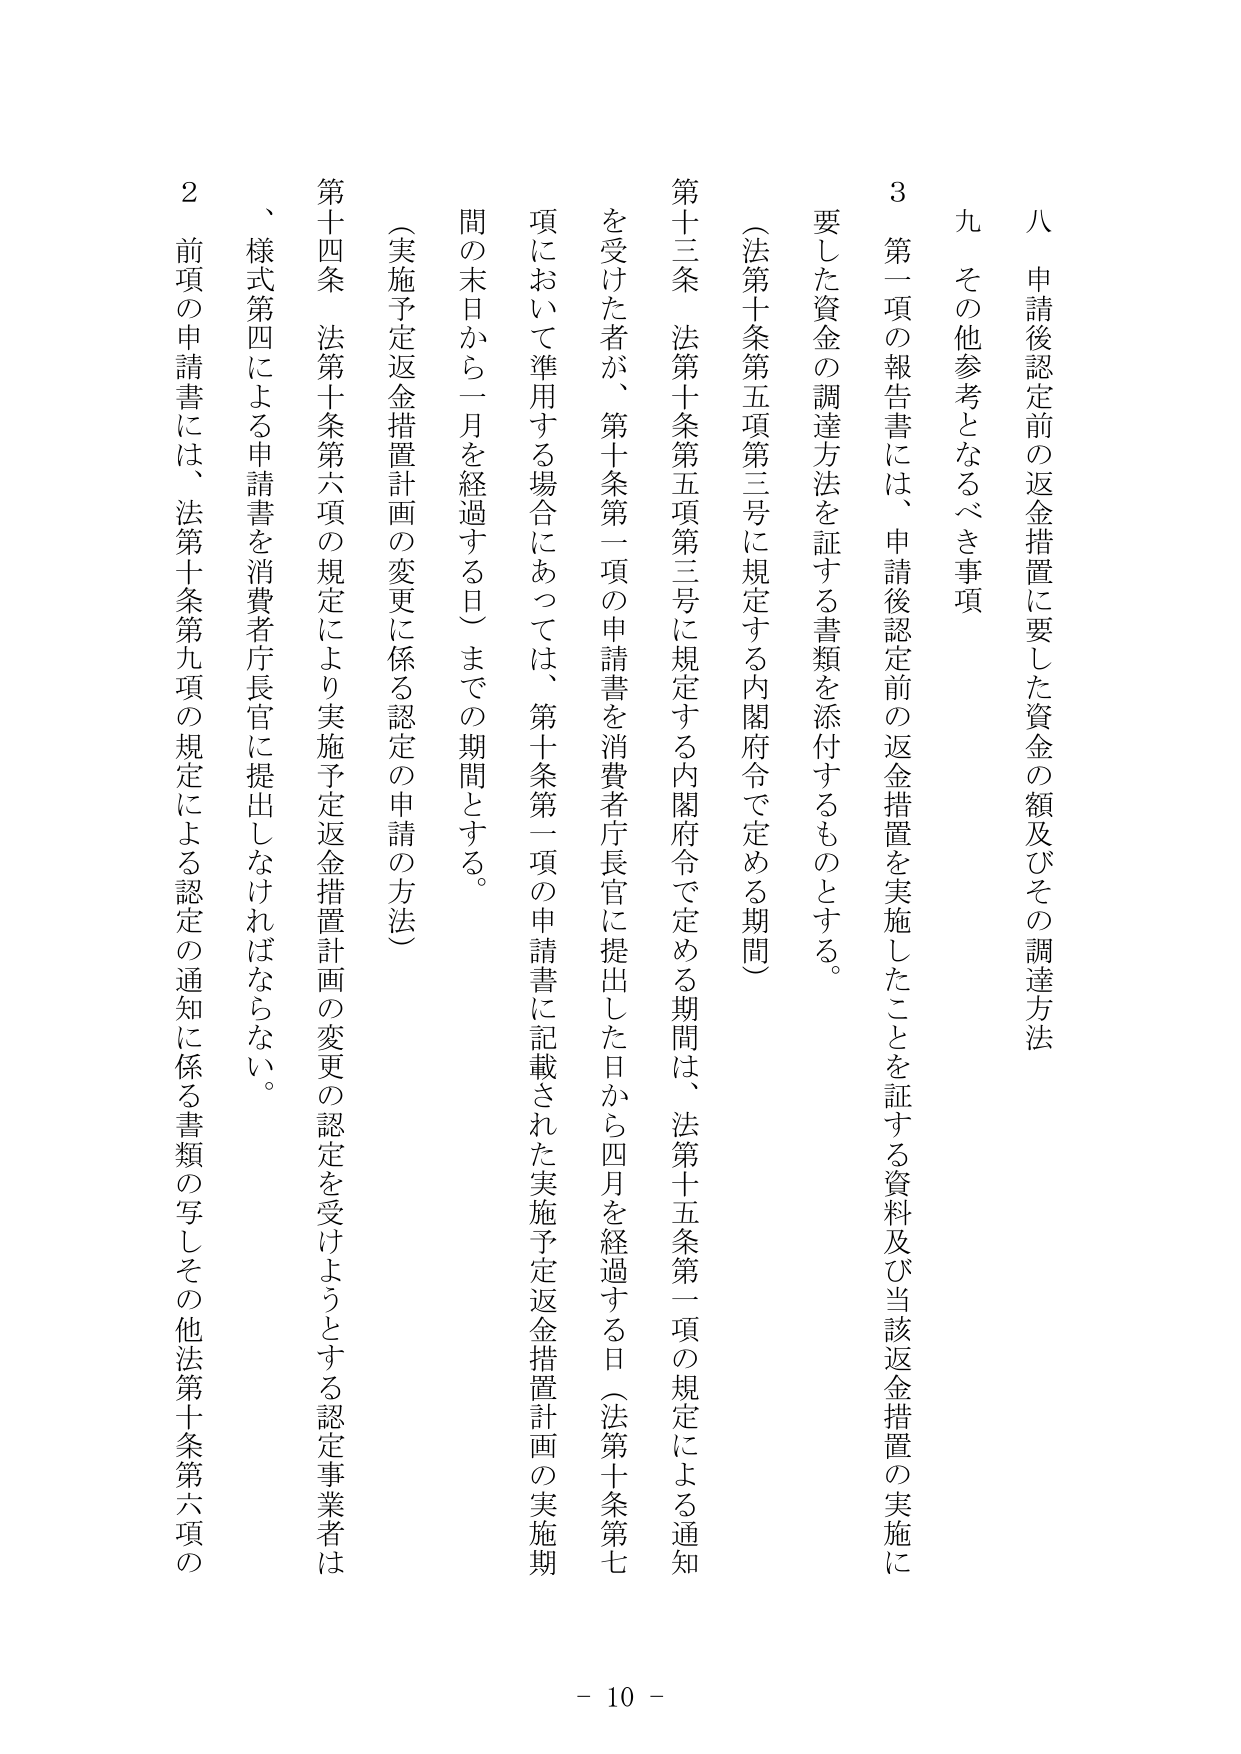
八 申請後認定前の返金措置に要した資金の額及びその調達方法

九 その他参考となるべき事項

3 第一項の報告書には、申請後認定前の返金措置を実施したことを証する資料及び当該返金措置の実施に要した資金の調達方法を証する書類を添付するものとする。

（法第十条第五項第三号に規定する内閣府令で定める期間）

第十三条 法第十条第五項第三号に規定する内閣府令で定める期間は、法第十五条第一項の規定による通知を受けた者が、第十条第一項の申請書を消費者庁長官に提出した日から四月を経過する日（法第十条第七項において準用する場合にあっては、第十条第一項の申請書に記載された実施予定返金措置計画の実施期間の末日から一月を経過する日）までの期間とする。

（実施予定返金措置計画の変更に係る認定の申請の方法）

第十四条 法第十条第六項の規定により実施予定返金措置計画の変更の認定を受けようとする認定事業者は、様式第四による申請書を消費者庁長官に提出しなければならない。

2 前項の申請書には、法第十条第九項の規定による認定の通知に係る書類の写しその他法第十条第六項の

- 10 -